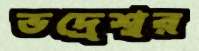
ভদ্রেশ্বর